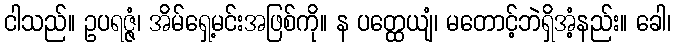
ငါသည်။ ဥပရဇ္ဇံ၊ အိမ်ရှေ့မင်းအဖြစ်ကို။ န ပတ္ထေယျံ၊ မတောင့်ဘဲရှိအံ့နည်း။ ခေါ၊